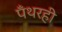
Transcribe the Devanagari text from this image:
पँथरही